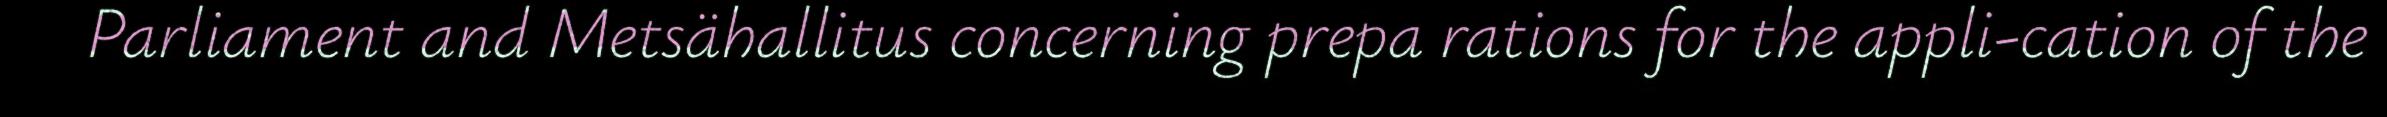
Parliament and Metsähallitus concerning prepa rations for the appli-cation of the